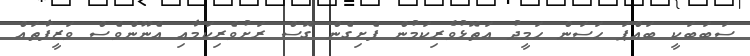
ސަބަބަކީ ބައްޕަ ޙަސަން ޙަމީދު އަތޮޅުވެރިކަމުން ފެށިގެން ގޮސް ރަށުވެރިކަމާއި އެނޫންވެސް ވަޒީފާތައް